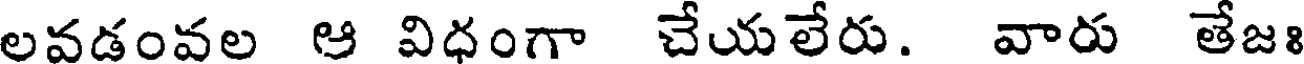
లవడంవల ఆ విధంగా చేయలేరు. వారు తేజః